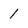
Character: 1